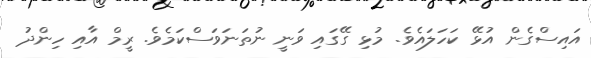
އައިސްގެން އުޅޭ ކަހަލައެވެ. މުޅި ގޭގައި ވަނީ ނުތަނަވަސްކަމެވެ. ރީމް އާއި ހިންދު